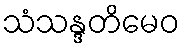
သံသန္ဒတိမေဝ